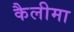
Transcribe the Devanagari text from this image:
कैलीमा